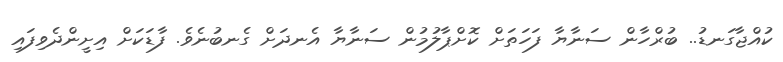
ކުއްޖާގަނޑު.. ބުރްހާން ސަނާޔާ ފަހަތަށް ކޮށްޕާލުމުން ސަނާޔާ އެނދަށް ގެނބުނެވެ. ފާޑަކަށް އިށީންދެވިފައި